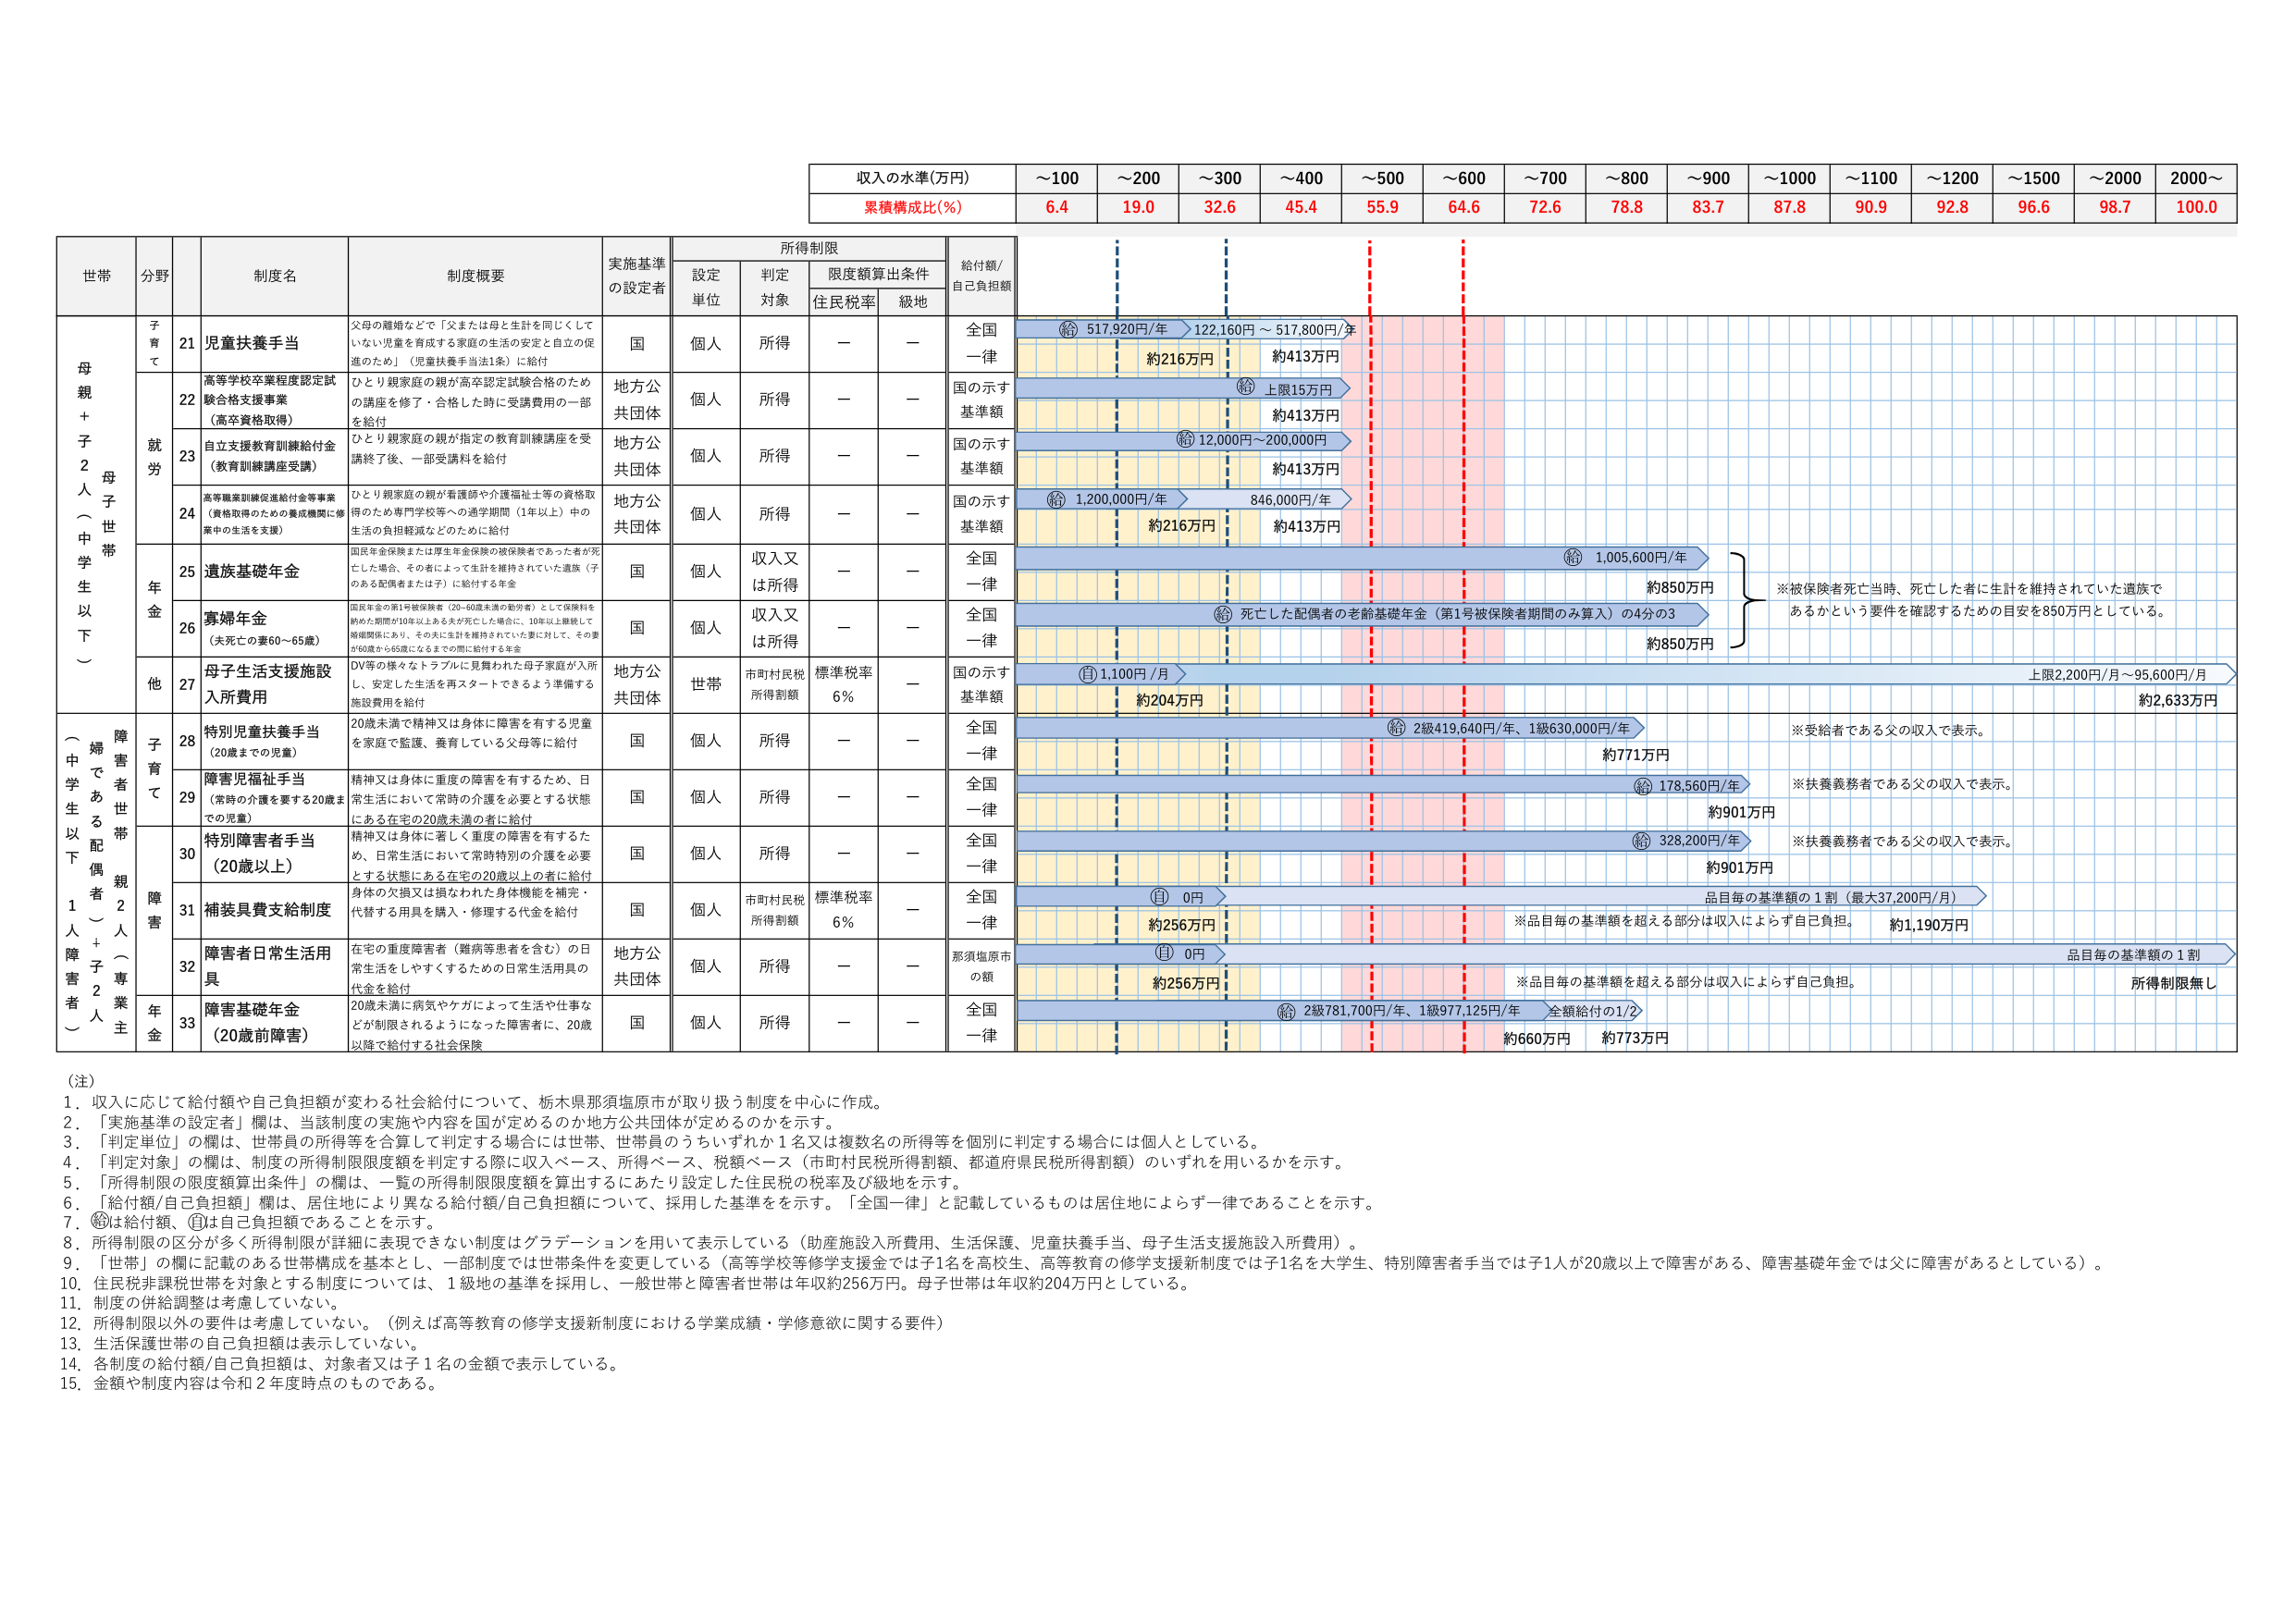
収入の水準(万円)
～100 ～200 ～300 ～400 ～500 ～600 ～700 ～800 ～900 ～1000 ～1100 ～1200 ～1500 ～2000 2000～
累積構成比(%)
6.4 19.0 32.6 45.4 55.9 64.6 72.6 78.8 83.7 87.8 90.9 92.8 96.6 98.7 100.0

世帯 分野 制度名 制度概要 実施基準 の設定者 所得制限 給付額/ 自己負担額
設定 単位 判定 対象 限度額算出条件 住民税率 級地

母親+子2人（中学生以下） 母子世帯
子育て 21 児童扶養手当 父母の離婚などで「父または母と生計を同じくしていない児童を育成する家庭の生活の安定と自立の促進のため」（児童扶養手当法1条）に給付 国 個人 所得 ー ー 全国一律
給付額 517,920円/年 122,160円～517,800円/年 約216万円 約413万円

就労 22 高等学校卒業程度認定試験合格支援事業（高卒資格取得） ひとり親家庭の親が高卒認定試験合格のための講座を修了・合格した時に受講費用の一部を給付 地方公共団体 個人 所得 ー ー 国の示す基準額
上限15万円 約413万円

23 自立支援教育訓練給付金（教育訓練講座受講） ひとり親家庭の親が指定の教育訓練講座を受講終了後、一部受講料を給付 地方公共団体 個人 所得 ー ー 国の示す基準額
12,000円～200,000円 約413万円

24 高等職業訓練促進給付金等事業（資格取得のための養成機関に修業中の生活を支援） ひとり親家庭の親が看護師や介護福祉士等の資格取得のため専門学校等への通学期間（1年以上）中の生活の負担軽減をどのように給付 地方公共団体 個人 所得 ー ー 国の示す基準額
1,200,000円/年 846,000円/年 約216万円 約413万円

年金 25 遺族基礎年金 国民年金保険または厚生年金保険の被保険者であった者が死亡した場合、その者によって生計を維持されていた遺族（子のある配偶者または子）に給付する年金 国 個人 収入又は所得 ー ー 全国一律
給付額 1,005,600円/年 約850万円
※被保険者死亡当時、死亡した者に生計を維持されていた遺族であるかという要件を確認するための目安を850万円としている。

26 寡婦年金（夫死亡の妻60～65歳） 国民年金の第1号被保険者（20～60歳未満の勤労者）として保険料を納めた期間が10年以上ある夫が死亡した場合に、10年以上継続して婚姻関係にあり、その夫に生計を維持されていた妻に対して、その妻が60歳から65歳になるまでの間に給付する年金 国 個人 収入又は所得 ー ー 全国一律
給付額 死亡した配偶者の老齢基礎年金（第1号被保険者期間のみ算入）の4分の3 約850万円

他 27 母子生活支援施設入所費用 DV等の様々なトラブルに見舞われた母子家庭が入所し、安定した生活を再スタートできるよう準備する施設費用を給付 地方公共団体 世帯 市町村民税所得割額 標準税率6% ー 国の示す基準額
自己負担額 1,100円/月 上限2,200円/月～95,600円/月 約204万円 約2,633万円

（一中学生以下1人障害者） 障害者世帯 親2人（専業主婦である配偶者＋子2人）
子育て 28 特別児童扶養手当（20歳までの児童） 20歳未満で精神又は身体に障害を有する児童を家庭で監護、養育している父母等に給付 国 個人 所得 ー ー 全国一律
給付額 2級419,640円/年、1級630,000円/年 約771万円
※受給者である父の収入で表示。

29 障害児福祉手当（常時の介護を要する20歳までの児童） 精神又は身体に重度の障害を有するため、日常生活において常時の介護を必要とする状態にある在宅の20歳未満の者に給付 国 個人 所得 ー ー 全国一律
給付額 178,560円/年 約901万円
※扶養義務者である父の収入で表示。

障害 30 特別障害者手当（20歳以上） 精神又は身体に著しく重度の障害を有するため、日常生活において常時特別の介護を必要とする状態にある在宅の20歳以上の者に給付 国 個人 所得 ー ー 全国一律
給付額 328,200円/年 約901万円
※扶養義務者である父の収入で表示。

31 補装具費支給制度 身体の欠損又は損なわれた身体機能を補完・代替する用具を購入・修理する代金を給付 国 個人 市町村民税所得割額 標準税率6% ー 全国一律
自己負担額 0円 品目毎の基準額の1割（最大37,200円/月） 約256万円 約1,190万円
※品目毎の基準額を超える部分は収入によらず自己負担。

32 障害者日常生活用具 在宅の重度障害者（難病等患者を含む）の日常生活をしやすくするための日常生活用具の代金を給付 地方公共団体 個人 所得 ー ー 那須塩原市の額
自己負担額 0円 品目毎の基準額の1割 約256万円 所得制限無し
※品目毎の基準額を超える部分は収入によらず自己負担。

年金 33 障害基礎年金（20歳前障害） 20歳未満に病気やケガによって生活や仕事などが制限されるようになった障害者に、20歳以降で給付する社会保険 国 個人 所得 ー ー 全国一律
給付額 2級781,700円/年、1級977,125円/年 全額給付の1/2 約660万円 約773万円

（注）
1. 収入に応じて給付額や自己負担額が変わる社会給付について、栃木県那須塩原市が取り扱う制度を中心に作成。
2. 「実施基準の設定者」欄は、当該制度の実施や内容が国が定めるのか地方公共団体が定めるのかを示す。
3. 「判定単位」の欄は、世帯員の所得等を合算して判定する場合には世帯、世帯員のうちいずれか1名又は複数名の所得等を個別に判定する場合には個人としている。
4. 「判定対象」の欄は、制度の所得制限限度額を判定する際に収入ベース、所得ベース、税額ベース（市町村民税所得割額、都道府県民税所得割額）のいずれを用いるかを示す。
5. 「所得制限の限度額算出条件」の欄は、一覧の所得制限限度額を算出するにあたり設定した住民税の税率及び級地を示す。
6. 「給付額/自己負担額」欄は、居住地により異なる給付額/自己負担額について、採用した基準を示す。「全国一律」と記載しているものは居住地によらず一律であることを示す。
7. 給付額は給付額、自己負担額であることを示す。
8. 所得制限の区分が多くの所得制限が詳細に表現できない制度はグラデーションを用いて表示している（助産施設入所費用、生活保護、児童扶養手当、母子生活支援施設入所費用）。
9. 「世帯」の欄に記載のある世帯構成を基本とし、一部制度では世帯条件を変更している（高等学校等修学支援金では子1名を高校生、高等教育の修学支援新制度では子1名を大学生、特別障害者手当では子1人が20歳以上で障害がある、障害基礎年金では父に障害があるとしている）。
10. 住民税非課税世帯を対象とする制度については、1級地の基準を採用し、一般世帯と障害者世帯は年収約256万円。母子世帯は年収約204万円としている。
11. 制度の併給調整は考慮していない。
12. 所得制限以外の要件は考慮していない。（例えば高等教育の修学支援新制度における学業成績・学修意欲に関する要件）
13. 生活保護世帯の自己負担額は表示していない。
14. 各制度の給付額/自己負担額は、対象者又は子1名の金額で表示している。
15. 金額や制度内容は令和2年度時点のものである。